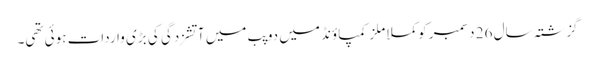
گزشتہ سال 26 دسمبر کو کملا ملز کمپاؤنڈ میں دو پب میں آتشزدگی کی بڑی واردات ہوئی تھی۔